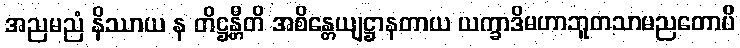
အညမညံ နိဿာယ န တိဋ္ဌန္တီတိ အစိန္တေယျဋ္ဌာနတာယ ယက္ခာဒိမဟာဘူတသာမညတောပိ